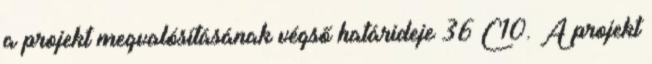
a projekt megvalósításának végső határideje 36 C10. A projekt